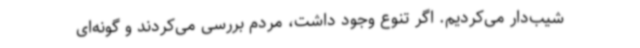
شیب‌دار می‌کردیم. اگر تنوع وجود داشت، مردم بررسی می‌کردند و گونه‌ای